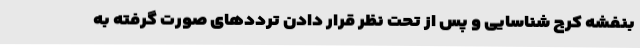
بنفشه کرج شناسایی و پس از تحت نظر قرار دادن ترددهای صورت گرفته به